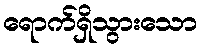
ရောက်ရှိသွားသော